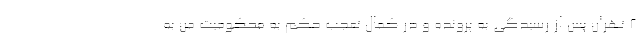
۲ تهران پس از رسیدگی به پرونده و در کمال تعجب حکم به محکومیت من به